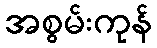
အစွမ်းကုန်